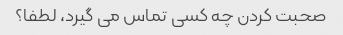
صحبت کردن چه کسی تماس می گیرد، لطفا؟